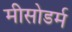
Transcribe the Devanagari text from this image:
मीसोडर्म